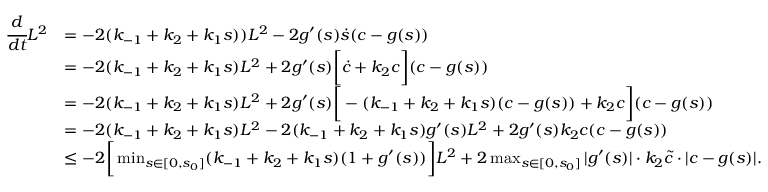
\begin{array} { r l } { \cfrac { d } { d t } L ^ { 2 } } & { = - 2 ( k _ { - 1 } + k _ { 2 } + k _ { 1 } s ) ) L ^ { 2 } - 2 g ^ { \prime } ( s ) \dot { s } ( c - g ( s ) ) } \\ & { = - 2 ( k _ { - 1 } + k _ { 2 } + k _ { 1 } s ) L ^ { 2 } + 2 g ^ { \prime } ( s ) \bigg [ \dot { c } + k _ { 2 } c \bigg ] ( c - g ( s ) ) } \\ & { = - 2 ( k _ { - 1 } + k _ { 2 } + k _ { 1 } s ) L ^ { 2 } + 2 g ^ { \prime } ( s ) \bigg [ - ( k _ { - 1 } + k _ { 2 } + k _ { 1 } s ) ( c - g ( s ) ) + k _ { 2 } c \bigg ] ( c - g ( s ) ) } \\ & { = - 2 ( k _ { - 1 } + k _ { 2 } + k _ { 1 } s ) L ^ { 2 } - 2 ( k _ { - 1 } + k _ { 2 } + k _ { 1 } s ) g ^ { \prime } ( s ) L ^ { 2 } + 2 g ^ { \prime } ( s ) k _ { 2 } c ( c - g ( s ) ) } \\ & { \leq - 2 \bigg [ \operatorname* { m i n } _ { s \in [ 0 , s _ { 0 } ] } ( k _ { - 1 } + k _ { 2 } + k _ { 1 } s ) ( 1 + g ^ { \prime } ( s ) ) \bigg ] L ^ { 2 } + 2 \operatorname* { m a x } _ { s \in [ 0 , s _ { 0 } ] } | g ^ { \prime } ( s ) | \cdot k _ { 2 } \widetilde c \cdot | c - g ( s ) | . } \end{array}